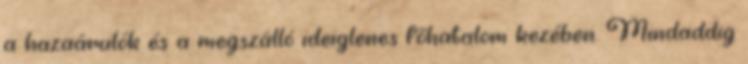
a hazaárulók és a megszálló ideiglenes főhatalom kezében. Mindaddig